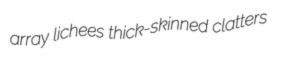
array lichees thick-skinned clatters